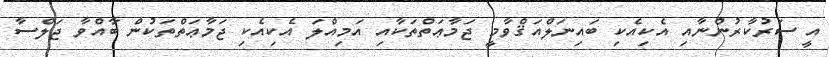
އީ ސަރުކާރުންނާއި އެކިއެކި ބައިނަލްއަޤްވާމީ ޖަމާޢަތްތަކާއި އަމިއްލަ އެކިއެކި ޖަމާޢަތްތަކުން ބާއްވާ ޖަލްސާ